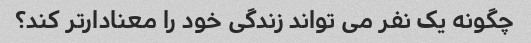
چگونه یک نفر می تواند زندگی خود را معنادارتر کند؟